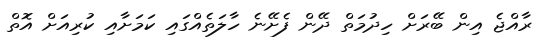
ރާއްޖެ އިން ބޭރަށް ހިދުމަތް ދޭން ފެށޭނެ ހާލަތެއްގައި ކަމަށާއި ކުރިއަށް އޮތް